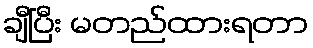
ချီပြီး မတည်ထားရတာ